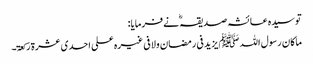
تو سیدہ عائشہ صدیقہ ؓ نے فرمایا:
ماکان رسول اللہ ﷺ یزید فی رمضان ولا فی غیرہ علی احدی عشرۃ رکعۃ۔